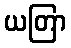
ယတြာ